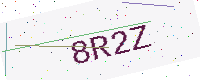
Text: 8R2Z